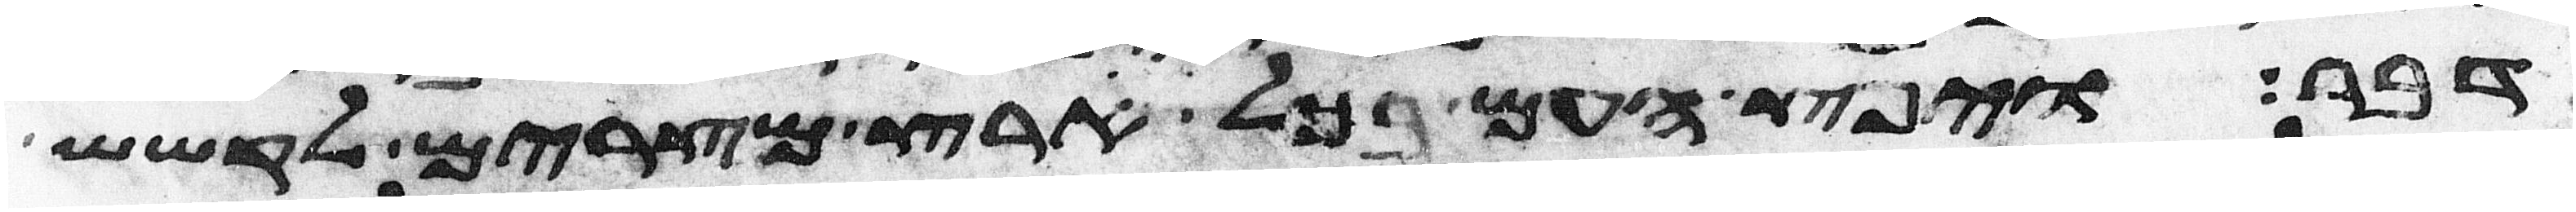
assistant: דבר ויפץ העם בכל ארץ מצרים לקשש